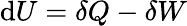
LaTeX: \mathrm{d}U=\delta Q-\delta W